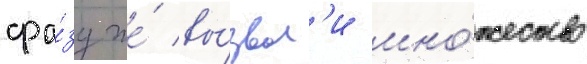
сра́зу же́ вы́звал'и мно́жество